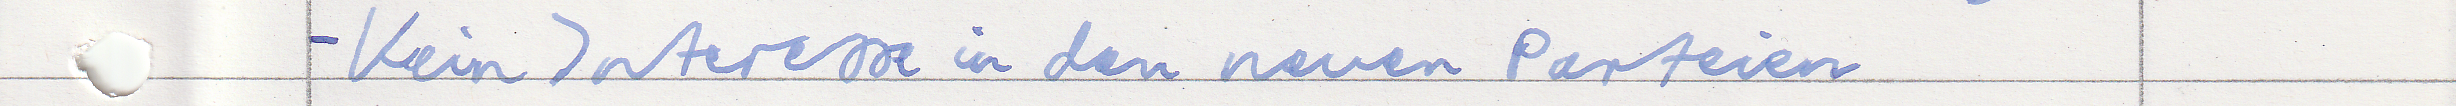
- Kein Interesse in den neuen Parteien